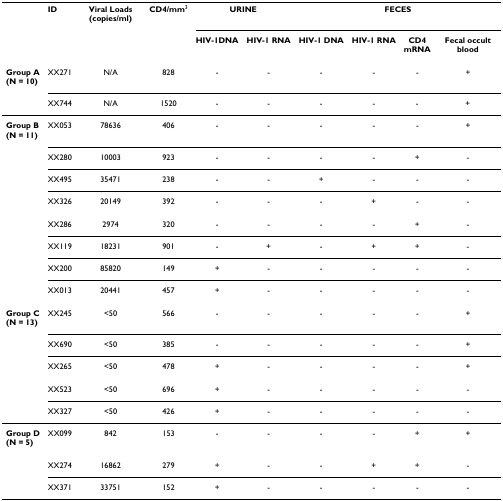
<table><thead><tr><td></td><td><b>ID</b></td><td><b>Viral Loads (copies/ml)</b></td><td><b>CD4/mm<sup>3</sup></b></td><td colspan="2"><b>URINE</b></td><td colspan="4"><b>FECES</b></td></tr><tr><td></td><td></td><td></td><td></td><td><b>HIV-1DNA</b></td><td><b>HIV-1 RNA</b></td><td><b>HIV-1 DNA</b></td><td><b>HIV-1 RNA</b></td><td><b>CD4mRNA</b></td><td><b>Fecal occult blood</b></td></tr></thead><tbody><tr><td><b>Group A</b><b>(N = 10)</b></td><td>XX271</td><td>N/A</td><td>828</td><td>-</td><td>-</td><td>-</td><td>-</td><td>-</td><td>+</td></tr><tr><td></td><td>XX744</td><td>N/A</td><td>1520</td><td>-</td><td>-</td><td>-</td><td>-</td><td>-</td><td>+</td></tr><tr><td><b>Group B</b><b>(N = 11)</b></td><td>XX053</td><td>78636</td><td>406</td><td>-</td><td>-</td><td>-</td><td>-</td><td>-</td><td>+</td></tr><tr><td></td><td>XX280</td><td>10003</td><td>923</td><td>-</td><td>-</td><td>-</td><td>-</td><td>+</td><td>-</td></tr><tr><td></td><td>XX495</td><td>35471</td><td>238</td><td>-</td><td>-</td><td>+</td><td>-</td><td>-</td><td>-</td></tr><tr><td></td><td>XX326</td><td>20149</td><td>392</td><td>-</td><td>-</td><td>-</td><td>+</td><td>-</td><td>-</td></tr><tr><td></td><td>XX286</td><td>2974</td><td>320</td><td>-</td><td>-</td><td>-</td><td>-</td><td>+</td><td>-</td></tr><tr><td></td><td>XX119</td><td>18231</td><td>901</td><td>-</td><td>+</td><td>-</td><td>+</td><td>+</td><td>-</td></tr><tr><td></td><td>XX200</td><td>85820</td><td>149</td><td>+</td><td>-</td><td>-</td><td>-</td><td>-</td><td>-</td></tr><tr><td></td><td>XX013</td><td>20441</td><td>457</td><td>+</td><td>-</td><td>-</td><td>-</td><td>-</td><td>-</td></tr><tr><td><b>Group C</b><b>(N = 13)</b></td><td>XX245</td><td>&lt;50</td><td>566</td><td>-</td><td>-</td><td>-</td><td>-</td><td>-</td><td>+</td></tr><tr><td></td><td>XX690</td><td>&lt;50</td><td>385</td><td>-</td><td>-</td><td>-</td><td>-</td><td>-</td><td>+</td></tr><tr><td></td><td>XX265</td><td>&lt;50</td><td>478</td><td>+</td><td>-</td><td>-</td><td>-</td><td>-</td><td>+</td></tr><tr><td></td><td>XX523</td><td>&lt;50</td><td>696</td><td>+</td><td>-</td><td>-</td><td>-</td><td>-</td><td>-</td></tr><tr><td></td><td>XX327</td><td>&lt;50</td><td>426</td><td>+</td><td>-</td><td>-</td><td>-</td><td>-</td><td>-</td></tr><tr><td><b>Group D</b><b>(N = 5)</b></td><td>XX099</td><td>842</td><td>153</td><td>-</td><td>-</td><td>-</td><td>-</td><td>+</td><td>+</td></tr><tr><td></td><td>XX274</td><td>16862</td><td>279</td><td>+</td><td>-</td><td>-</td><td>+</td><td>+</td><td>-</td></tr><tr><td></td><td>XX371</td><td>33751</td><td>152</td><td>+</td><td>-</td><td>-</td><td>-</td><td>-</td><td>-</td></tr></tbody></table>